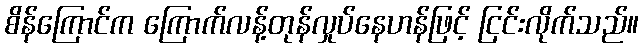
စိန်ကြောင်က ကြောက်လန့်တုန်လှုပ်နေဟန်ဖြင့် ငြင်းလိုက်သည်။